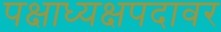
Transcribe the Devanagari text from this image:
पक्षाध्यक्षपदावर